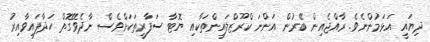
ދިޔައީ އަޅަމުންނެވެ. ރާއްޖެއިން ބޭރުން އަންނަ ކްރޫޒްލައިންތަކާއި ޔޮޓާ ސަފާރީތަކަށްވެސް ނާދެވޭގޮތް ހަދާފައިވާއިރު